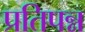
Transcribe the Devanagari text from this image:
प्रतिपन्न